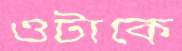
ওটাকে